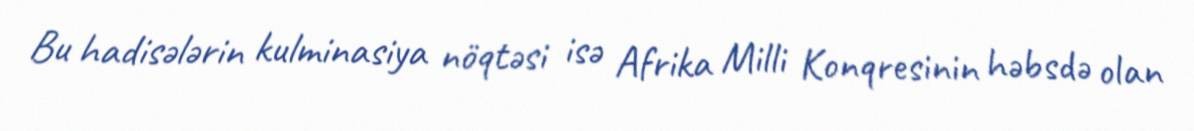
Bu hadisələrin kulminasiya nöqtəsi isə Afrika Milli Konqresinin həbsdə olan